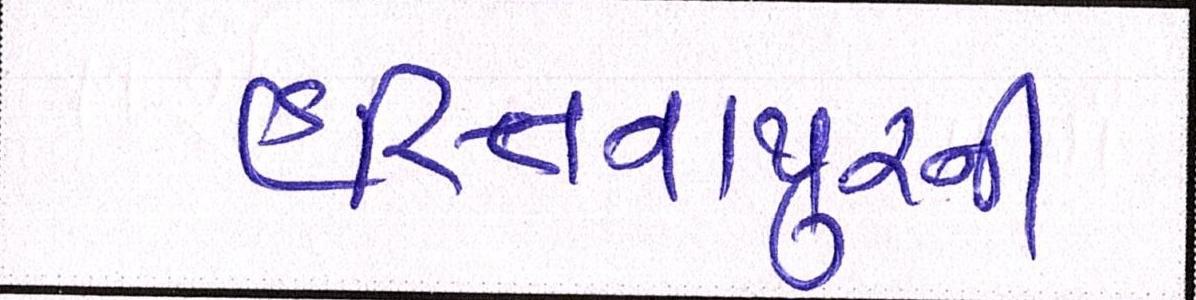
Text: હસ્તિનાપુરની